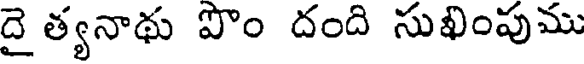
దై త్యనాథు పొం దంది సుఖింపుము